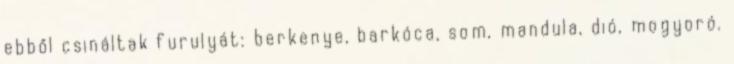
ebből csináltak furulyát: berkenye, barkóca, som, mandula, dió, mogyoró.